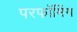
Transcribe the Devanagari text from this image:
परफॉमिंग